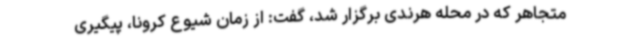
متجاهر که در محله هرندی برگزار شد، گفت: از زمان شیوع کرونا، پیگیری